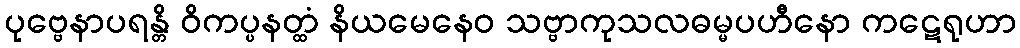
ပုဗ္ဗေနာပရန္တိ ဝိကပ္ပနတ္ထံ နိယမေနေဝ သဗ္ဗာကုသလဓမ္မပဟီနော ကဋေရုဟာ